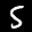
Label: 5